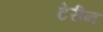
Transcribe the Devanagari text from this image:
टेरीन